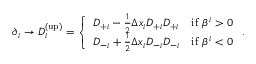
\begin{array} { r } { \partial _ { i } \rightarrow D _ { i } ^ { \mathrm { ( u p ) } } = \left\{ \begin{array} { l l } { D _ { + i } - \frac { 1 } { 2 } \Delta x _ { i } D _ { + i } D _ { + i } } & { \mathrm { i f ~ } \beta ^ { i } > 0 } \\ { D _ { - i } + \frac { 1 } { 2 } \Delta x _ { i } D _ { - i } D _ { - i } } & { \mathrm { i f ~ } \beta ^ { i } < 0 } \end{array} \right. . } \end{array}